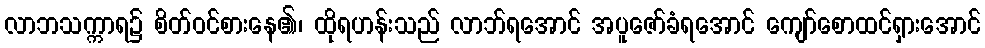
လာဘသက္ကာရ၌ စိတ်ဝင်စားနေ၏၊ ထိုရဟန်းသည် လာဘ်ရအောင် အပူဇော်ခံရအောင် ကျော်စောထင်ရှားအောင်